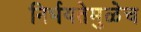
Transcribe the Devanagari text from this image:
निर्भयतेमुळेच